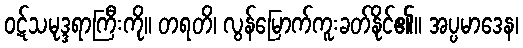
ဝဋ်သမုဒ္ဒရာကြီးကို။ တရတိ၊ လွန်မြောက်ကူးခတ်နိုင်၏။ အပ္ပမာဒေန၊